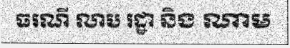
ធរណី លាប រដ្ឋា និង ណាម